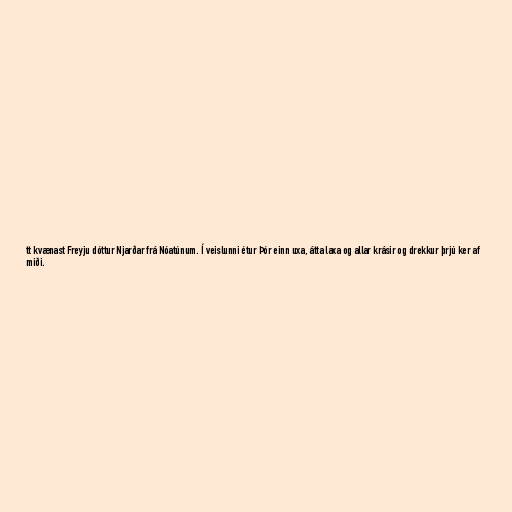
tt kvænast Freyju dóttur Njarðar frá Nóatúnum. Í veislunni étur Þór einn uxa, átta laxa og allar krásir og drekkur þrjú ker af
miði.